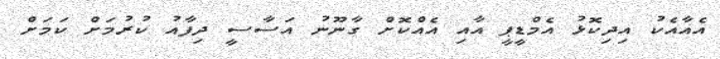
އެއާއެކު އިދިކޮޅު އެމްޑީޕީ އާއި އެއްކޮށް ގާނޫނު އަސާސީ ދިފާއު ކުރުމަށް ކަމަށް